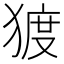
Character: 𰡠